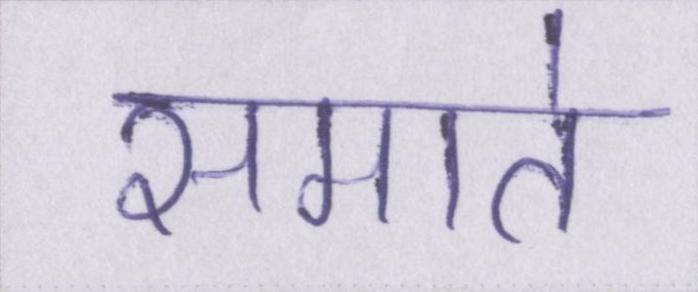
समाते